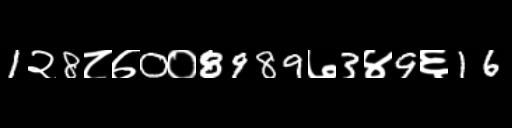
Text: 1२8८७0०8989७3४9६16